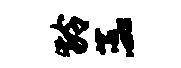
龄蕊